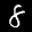
Label: 8